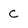
Character: c